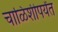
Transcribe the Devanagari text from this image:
चाळिशीपर्यंत